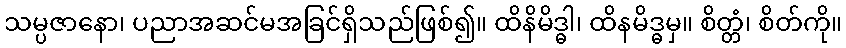
သမ္ပဇာနော၊ ပညာအဆင်မအခြင်ရှိသည်ဖြစ်၍။ ထိနိမိဒ္ဓါ၊ ထိနမိဒ္ဓမှ။ စိတ္တံ၊ စိတ်ကို။